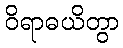
ဝိရာဓယိတွာ